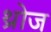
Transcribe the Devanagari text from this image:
थ्रोज